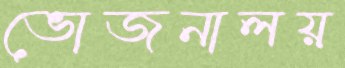
ভোজনালয়